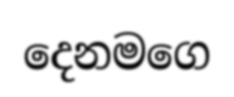
දෙනමගෙ